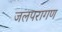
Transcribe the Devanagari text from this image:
जलपरागण